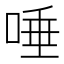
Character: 唾